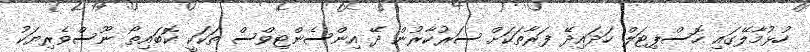
ހުޅުމާލޭގައި ހޮސްޕިޓަލް ހަދައިދޭ ފަރާތަކަށް ސަރުކާރުން ދޭ އިންސެންޓިވްސް ތަކަކީ ކޮބައިތޯ ނޫސްވެރިޔަކު